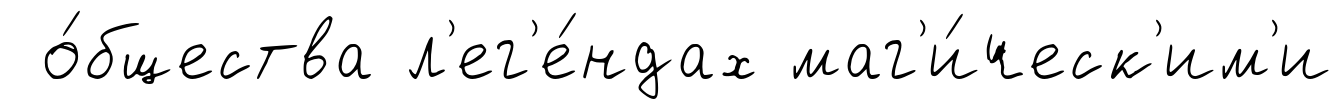
о́бщества л'ег'е́ндах маг'и́ческ'им'и